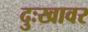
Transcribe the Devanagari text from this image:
दुःखावर